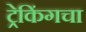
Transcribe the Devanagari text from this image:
ट्रेकिंगचा